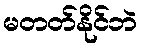
မတတ်နိုင်ဘဲ